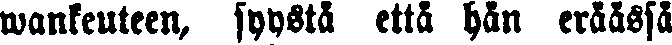
wankeuteen, syystä että hän eräässä